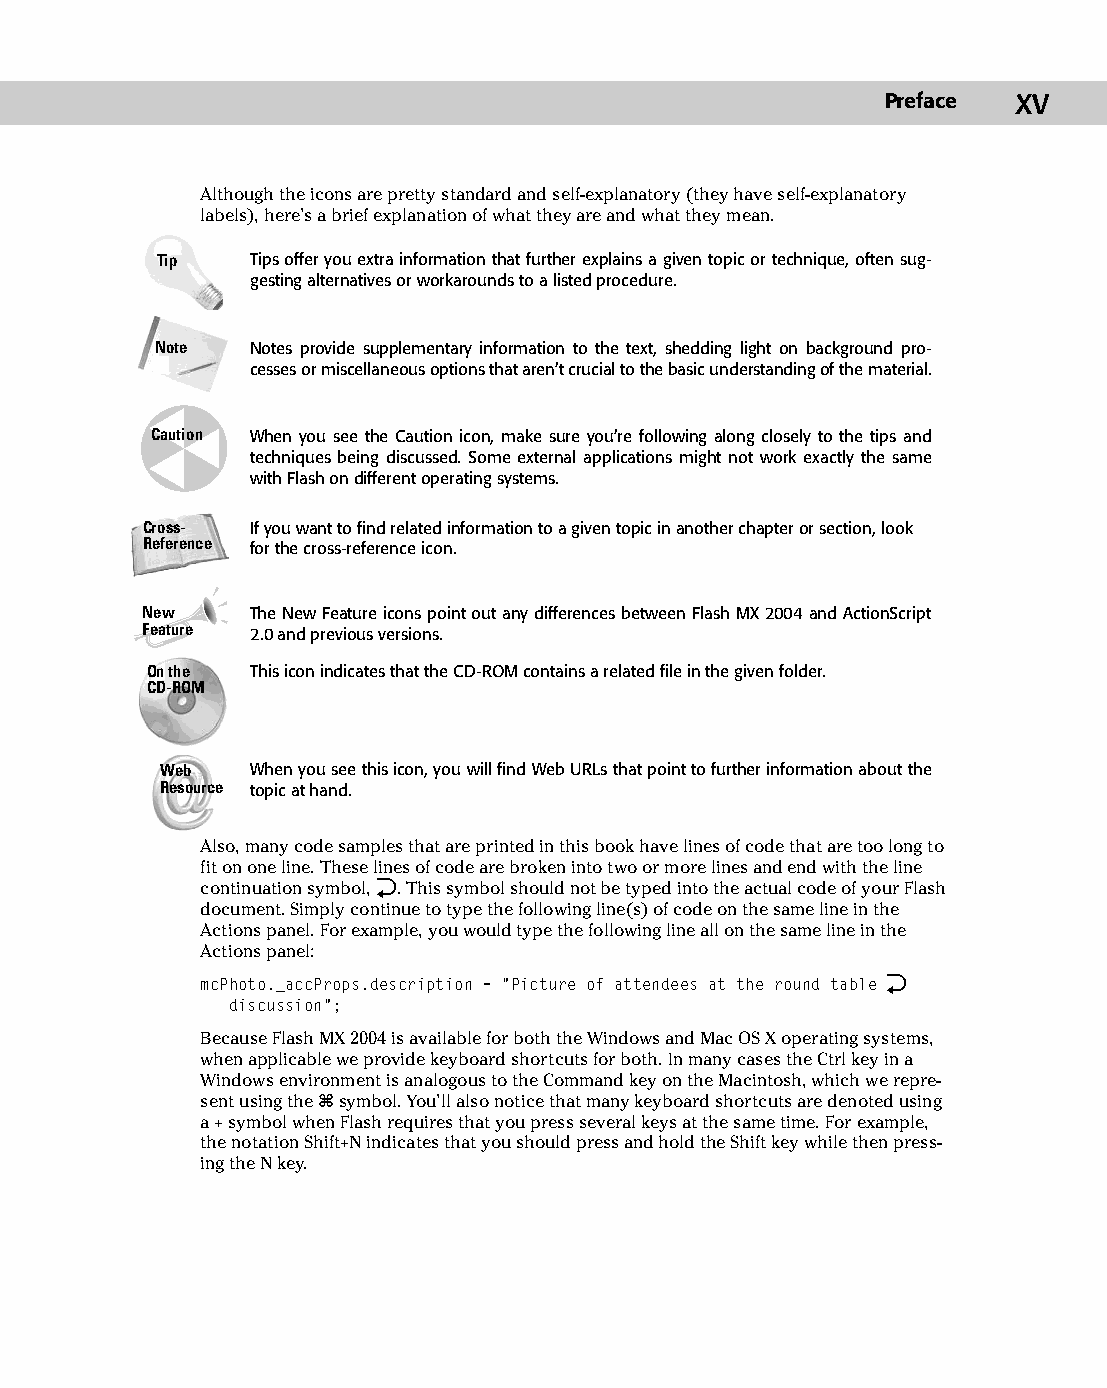
01 543547 FM.qxd 3/24/04 3:51 PM Page xv
 Preface xv
 Although the icons are pretty standard and self-explanatory (they have self-explanatory
 labels), here’s a brief explanation of what they are and what they mean.
 Tip    Tips offer you extra information that further explains a given topic or technique, often sug­
 gesting alternatives or workarounds to a listed procedure.
 Note   Notes provide supplementary information to the text, shedding light on background pro­
 cesses or miscellaneous options that aren’t crucial to the basic understanding of the material.
 Caution When you see the Caution icon, make sure you’re following along closely to the tips and
 techniques being discussed. Some external applications might not work exactly the same
 with Flash on different operating systems.
 Cross-  If you want to find related information to a given topic in another chapter or section, look
 Reference for the cross-reference icon.
 New     The New Feature icons point out any differences between Flash MX 2004 and ActionScript
 Feature 2.0 and previous versions.
 On the This icon indicates that the CD-ROM contains a related file in the given folder.
 CD-ROM
 Web   When you see this icon, you will find Web URLs that point to further information about the
 Resource topic at hand.
 Also, many code samples that are printed in this book have lines of code that are too long to
 fit on one line. These lines of code are broken into two or more lines and end with the line
 continuation symbol, Æ. This symbol should not be typed into the actual code of your Flash
 document. Simply continue to type the following line(s) of code on the same line in the
 Actions panel. For example, you would type the following line all on the same line in the
 Actions panel:
 mcPhoto._accProps.description = “Picture of attendees at the round table Æ
 discussion”;
 Because Flash MX 2004 is available for both the Windows and Mac OS X operating systems,
 when applicable we provide keyboard shortcuts for both. In many cases the Ctrl key in a
 Windows environment is analogous to the Command key on the Macintosh, which we repre­
 sent using the Ô symbol. You’ll also notice that many keyboard shortcuts are denoted using
 a + symbol when Flash requires that you press several keys at the same time. For example,
 the notation Shift+N indicates that you should press and hold the Shift key while then press­
 ing the N key.